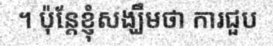
។ ប៉ុន្តែខ្ញុំសង្ឃឹមថា ការជួប